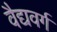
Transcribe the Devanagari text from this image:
वैद्यवर्ग